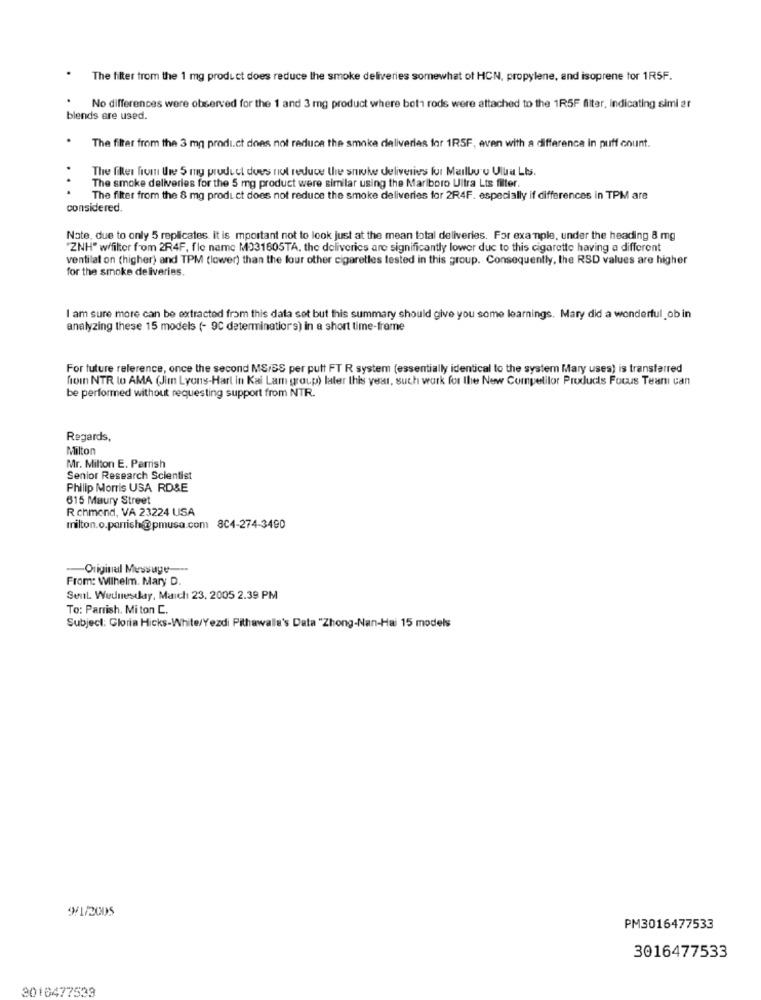
The filter from the 1 mg product does reduce the smoke deliveries somewhat of HCN, propylene, and isoprene tor 1R5F.
No differences were observed for the 1 and 3 mg product where bot rods were attached to the 1R5F filter, indicating simi ar
blends are used.
The filter from the 3 mg prodi.ct does not reduce the smoke deliveries for 1RSF, even with a difference in puff count.
The files from Uwe 5 mg product does not reduce the smoke deliveries for Maill'u Ulla LIs.
The smoke deliveries for the 5 mg product were similar using the Marlboro Ultra Lts filter.
The filter from the 8 mg product does not reduce the smoke deliveries for 2R4F. especially if differences in TPM are
considered
Nate, due to only 5 replicates. it is mportant not to look just at the mean total deliveries. For example, under the heading 8 mg
"ZNH" wffilter from 2R4F, fle name M331605TA, the deliveries are significantly lower due to this cigarette having a different
ventilat on (higher) and TPM (lower) than the four other cigaretles tested in this group. Consequently, the RSD values are higher
for the smoke deliveries.
I am sure more can be extracted from this data set but this summary should give you some learnings. Mary did a wonderful ob in
analyzing these 15 models (- 9C determinatior's) in a short time-frame
For future reference, once the second MS/SS per putt FT R system (essentially identical to the system Mary uses) is transferred
from NTR to AMA (Jim Lyons-Hart in Kal Lam group) later this year, such work for the New Competitor Products Focus Teani can
be performed without requesting support from NTR.
Regards,
Milton
Mr. Milton E. Parrish
Senior Research Scientist
Philip Morris USA RD&E
615 Maury Street
Richmond, VA 23224 USA
milton.o.panish@pmusa.com 8C4-274-3490
-- Original Message ---
From: Wilhelm. Mary D.
Sent Wednesday, March 23, 2005 2.39 PM
To: Parrish. Mi ton C.
Subject: Gloria Hicks-White/Yezdi Pithawalle's Data "Zhong-Nan-Hai 15 models
9/1/2005
PM3016477533
3016477533
2016477533